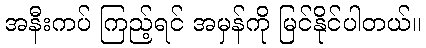
အနီးကပ် ကြည့်ရင် အမှန်ကို မြင်နိုင်ပါတယ်။